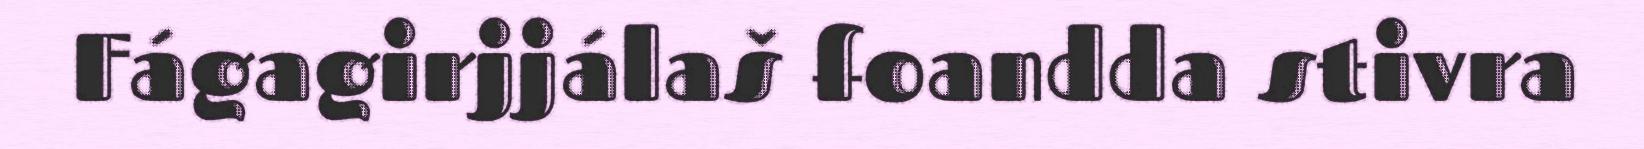
Fágagirjjálaš foandda stivra